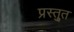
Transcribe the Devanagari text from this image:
प्रस्तु्त